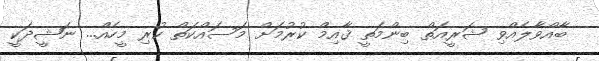
ބާއްވާލެއްވި ޝަރީއަތް ބިންމަތީ ޤާއިމް ކުރުމަށް މަސައްކަތް ކުރި މީހެއް... ނަޝީދަކީ